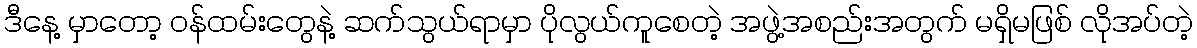
ဒီနေ့ မှာတော့ ဝန်ထမ်းတွေနဲ့ ဆက်သွယ်ရာမှာ ပိုလွယ်ကူစေတဲ့ အဖွဲ့အစည်းအတွက် မရှိမဖြစ် လိုအပ်တဲ့